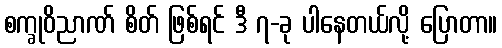
စက္ခုဝိညာဏ် စိတ် ဖြစ်ရင် ဒီ ၇-ခု ပါနေတယ်လို့ ပြောတာ။